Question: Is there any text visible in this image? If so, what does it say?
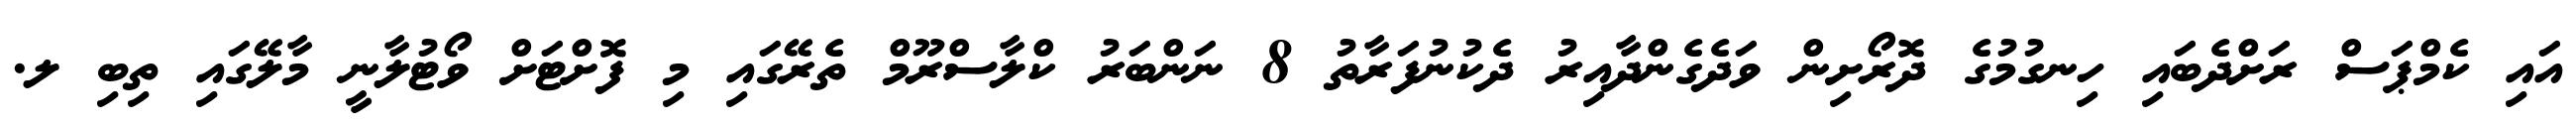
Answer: އައި ކެމްޕަސް ރަށްދެބައި ހިނގުމުގެ ދޮރޯށިން ވަދެގެންދާއިރު ދެކުނުފަރާތު 8 ނަންބަރު ކްލާސްރޫމް ތެރޭގައި މި ފޮށްޓަށް ވޯޓުލާނީ މާލޭގައި ތިބި ލ.